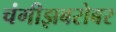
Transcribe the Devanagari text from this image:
चंगीझबरोबर